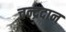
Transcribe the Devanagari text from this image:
चन्द्रदान